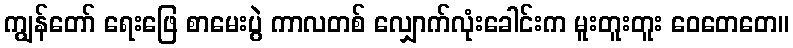
ကျွန်တော် ရေးဖြေ စာမေးပွဲ ကာလတစ် လျှောက်လုံးခေါင်းက မူးတူးတူး ဝေတေတေ။